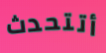
أتتحدث